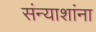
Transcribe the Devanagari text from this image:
संन्याशांना